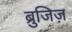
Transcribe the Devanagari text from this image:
ब्रुजिज़